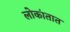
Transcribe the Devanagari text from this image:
लोकांतात